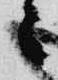
々